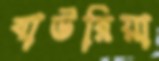
বাউরিয়া